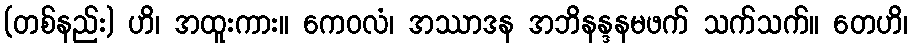
(တစ်နည်း) ဟိ၊ အထူးကား။ ကေဝလံ၊ အဿာဒန အဘိနန္ဒနမဖက် သက်သက်။ တေဟိ၊